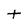
Character: t